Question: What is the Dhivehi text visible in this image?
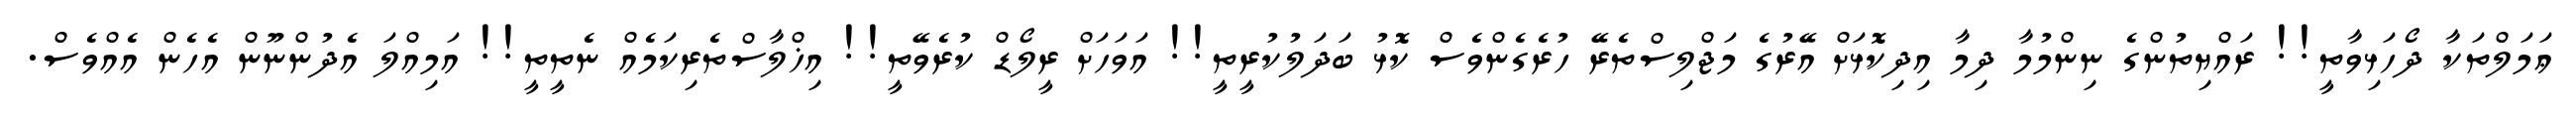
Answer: ޢަމަލްތަކާ ދޯހަޅިވާތީ!! ރައްޔިތުންގެ ނިންމުމާ ދިމާ އިދިކޮޅަށް އޭރުގެ މަޖްލިސްތެރޭ ހުރެގެންވެސް ކޮޅު ބަދަލުކުރީތީ!! އަވަހަށް ރީލޯޑް ކުރެވޭތީ!! އިޚްލާސްތެރިކަމެއް ނެތީތީ!! އަމިއްލަ އެދުންނޫން އެހެން އެއްވެސް.